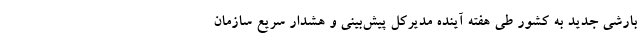
بارشی جدید به کشور طی هفته آینده مدیرکل پیش‌بینی و هشدار سریع سازمان